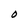
Character: O